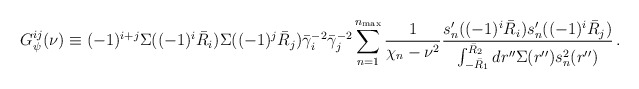
\begin{align*}G^{ij}_\psi(\nu) \equiv (-1)^{i+j} \Sigma((-1)^i \bar R_i)\Sigma((-1)^j \bar R_j) \bar\gamma_i^{-2} \bar\gamma_j^{-2}\sum_{n=1}^{n_{{\rm max}}} \frac{1}{\chi_n - \nu^2}\frac{s_n'((-1)^i \bar R_i) s_n'((-1)^i \bar R_j)}{\int_{-\bar R_1}^{\bar R_2} dr'' \Sigma(r'') s_n^2(r'')} \,.\end{align*}